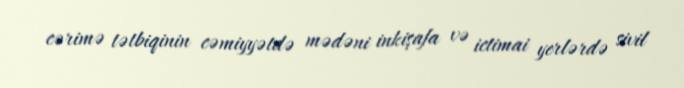
cərimə tətbiqinin cəmiyyətdə mədəni inkişafa və ictimai yerlərdə sivil